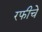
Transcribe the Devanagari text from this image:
रफीचे